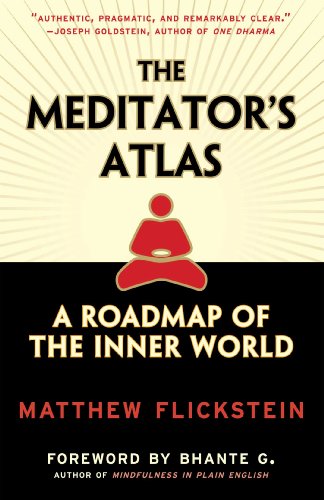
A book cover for The Meditator's Atlas: A Roadmap to the Inner World; Matthew Flickstein; Religion & Spirituality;